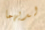
لديهما